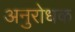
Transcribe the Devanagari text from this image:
अनुरोधक